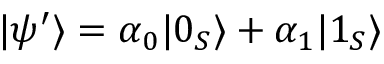
| \psi ^ { \prime } \rangle = \alpha _ { 0 } | 0 _ { S } \rangle + \alpha _ { 1 } | 1 _ { S } \rangle